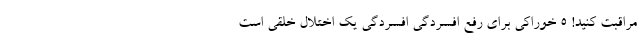
مراقبت کنید! ۵ خوراکی برای رفع افسردگی افسردگی یک اختلال خلقی است